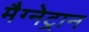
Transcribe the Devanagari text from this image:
मैग्नेट्रान